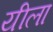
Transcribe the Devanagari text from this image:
यीला